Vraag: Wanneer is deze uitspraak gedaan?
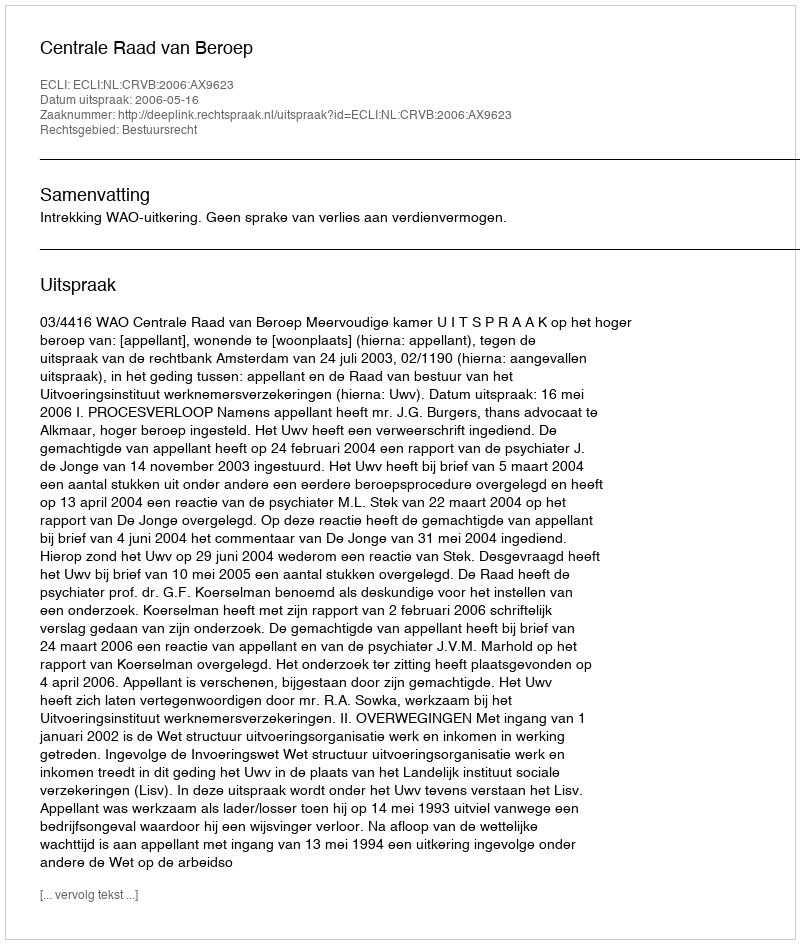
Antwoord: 2006-05-16